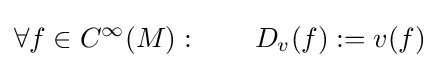
\forall f\in {C^{\infty }}(M):\qquad {D_{v}}(f):=v(f)